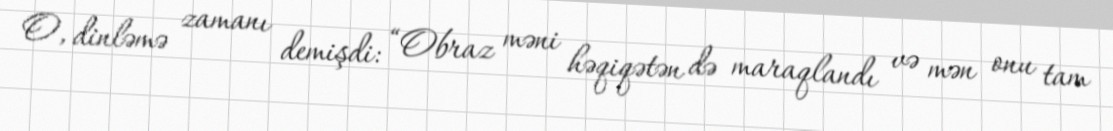
O, dinləmə zamanı demişdi: “Obraz məni həqiqətən də maraqlandı və mən onu tam